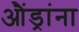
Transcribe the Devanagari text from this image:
औंड्रांना